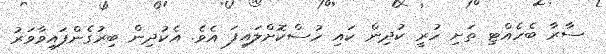
ސާރާ ބެހެއްޓި ތަށި ހުރީ ކުދިން ކައި ހުސްކޮށްލައިފަ އެވެ. އެކުދިން ބިރުގެންފައިވާވަރު